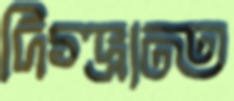
দিগ্ভ্রান্ত